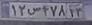
۱۲س۴۷۸۱۳